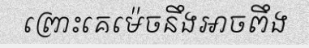
ព្រោះគេម៉េចនឹងអាចពឹង